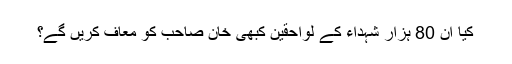
کیا ان 80 ہزار شہداء کے لواحقین کبھی خان صاحب کو معاف کریں گے؟